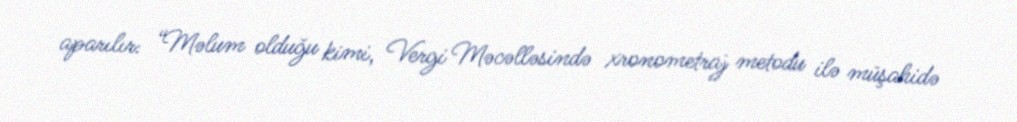
aparılır: “Məlum olduğu kimi, Vergi Məcəlləsində xronometraj metodu ilə müşahidə